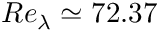
R e _ { \lambda } \simeq 7 2 . 3 7